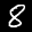
Label: 8